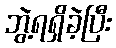
ဘွဲ့ရရှိခဲ့ပြီး